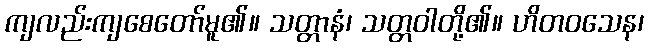
ကျလည်းကျစေတော်မူ၏။ သတ္တာနံ၊ သတ္တဝါတို့၏။ ဟိတဝသေန၊